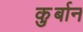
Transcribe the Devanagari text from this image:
कु़र्बान